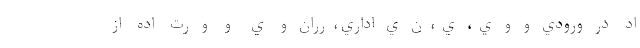
اد  در ورودي و و ي ،  ي ، ن ي اداري، رران و  ي   و  و رت  اده  از